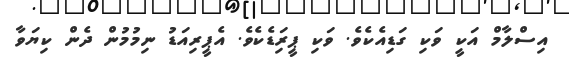
އިސްލާމް އަކީ ވަކި ގަޑިއެކެވެ. ވަކި ޕީރިަޑެކެވެ. އެޕީރިއަޑު ނިމުމުން ދެން ކިޔަވާ